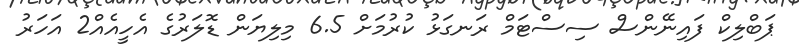
ޕަބްލިކް ފައިނޭންސް ސިސްޓަމް ރަނގަޅު ކުރުމަށް 6.5 މިލިޔަން ޑޮލަރުގެ އެހީއެއް2 އަހަރު